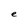
Character: e